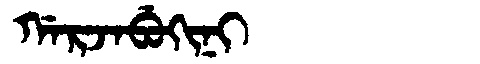
Manchu: ᡤᠠᡵᠵᠠᠪᡠᡴᡳᠨᡳ
Romanization: GARJABUKINI